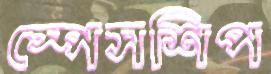
স্পেসশিপ